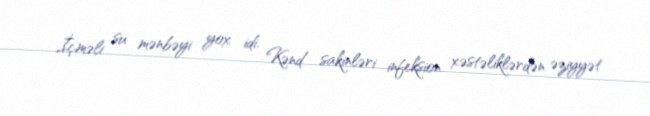
İçməli su mənbəyi yox idi. Kənd sakinləri infeksion xəstəliklərdən əziyyət